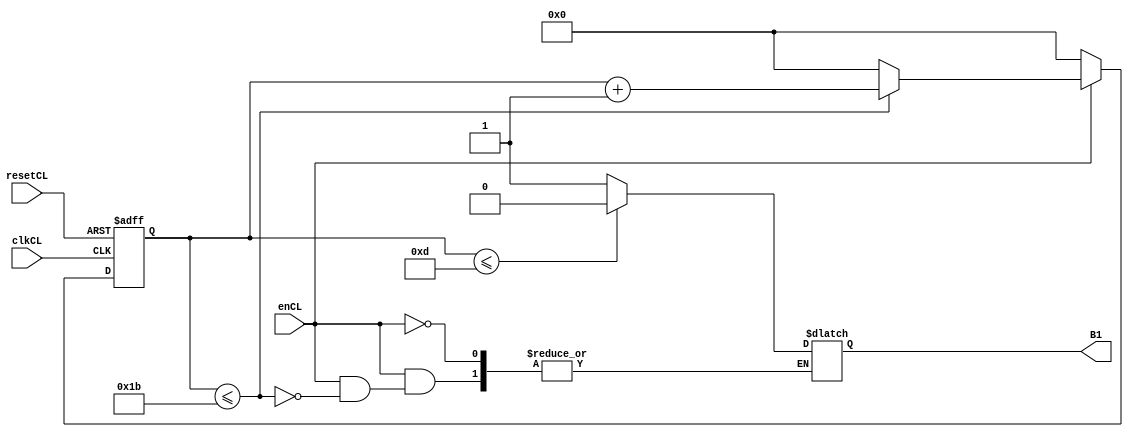
`timescale 1ns / 1ps
//////////////////////////////////////////////////////////////////////////////////
// Company: 
// Engineer: 
// 
// Design Name: 
// Module Name:    Control_Lectura 
// Project Name: 
// Target Devices: 
// Tool versions: 
// Description: 
//
// Dependencies: 
//
// Revision: 
// Revision 0.01 - File Created
// Additional Comments: 
//
//////////////////////////////////////////////////////////////////////////////////
///////Este mdulo controlar el cambio de estados de la mquina de lectura/////
/////////////////////////////////////////////////////////////////////////////////
module Control_Lectura( 
		input wire clkCL,
		input wire resetCL,
		input wire enCL,
		output reg B1
		//output reg B2
		
    );

//Signal Declarations
reg [4:0]q_actCL, q_nextCL;

always@(posedge clkCL,posedge resetCL)
 begin
	if(resetCL) begin
		q_actCL <= 5'b0; 
		end
	else
		q_actCL <= q_nextCL;
end
		
always@*
begin
	if(enCL)
	begin
	if (q_actCL <= 5'b11011) begin
		q_nextCL = q_actCL + 5'b1;
			if(q_actCL <= 5'b01101) 
				begin
					B1 = 1'b0;
				end
			else B1 = 1'b1; 
	end
		else begin  q_nextCL = 5'b0;  end
	end
	else 
		q_nextCL =5'b0;
	
end
/*				
always@*
begin
	if(enCL)
	begin
	if (q_actCL <= 5'b11011) begin
		q_nextCL = q_actCL + 5'b1;
			if(q_actCL <= 5'b01101) 
				begin
					B2 = 1'b0;
				end
			else B2 = 1'b1; 
	end
		else begin  q_nextCL = 5'b0;  end
	end
	else 
		q_nextCL =5'b0;
	
end*/

endmodule